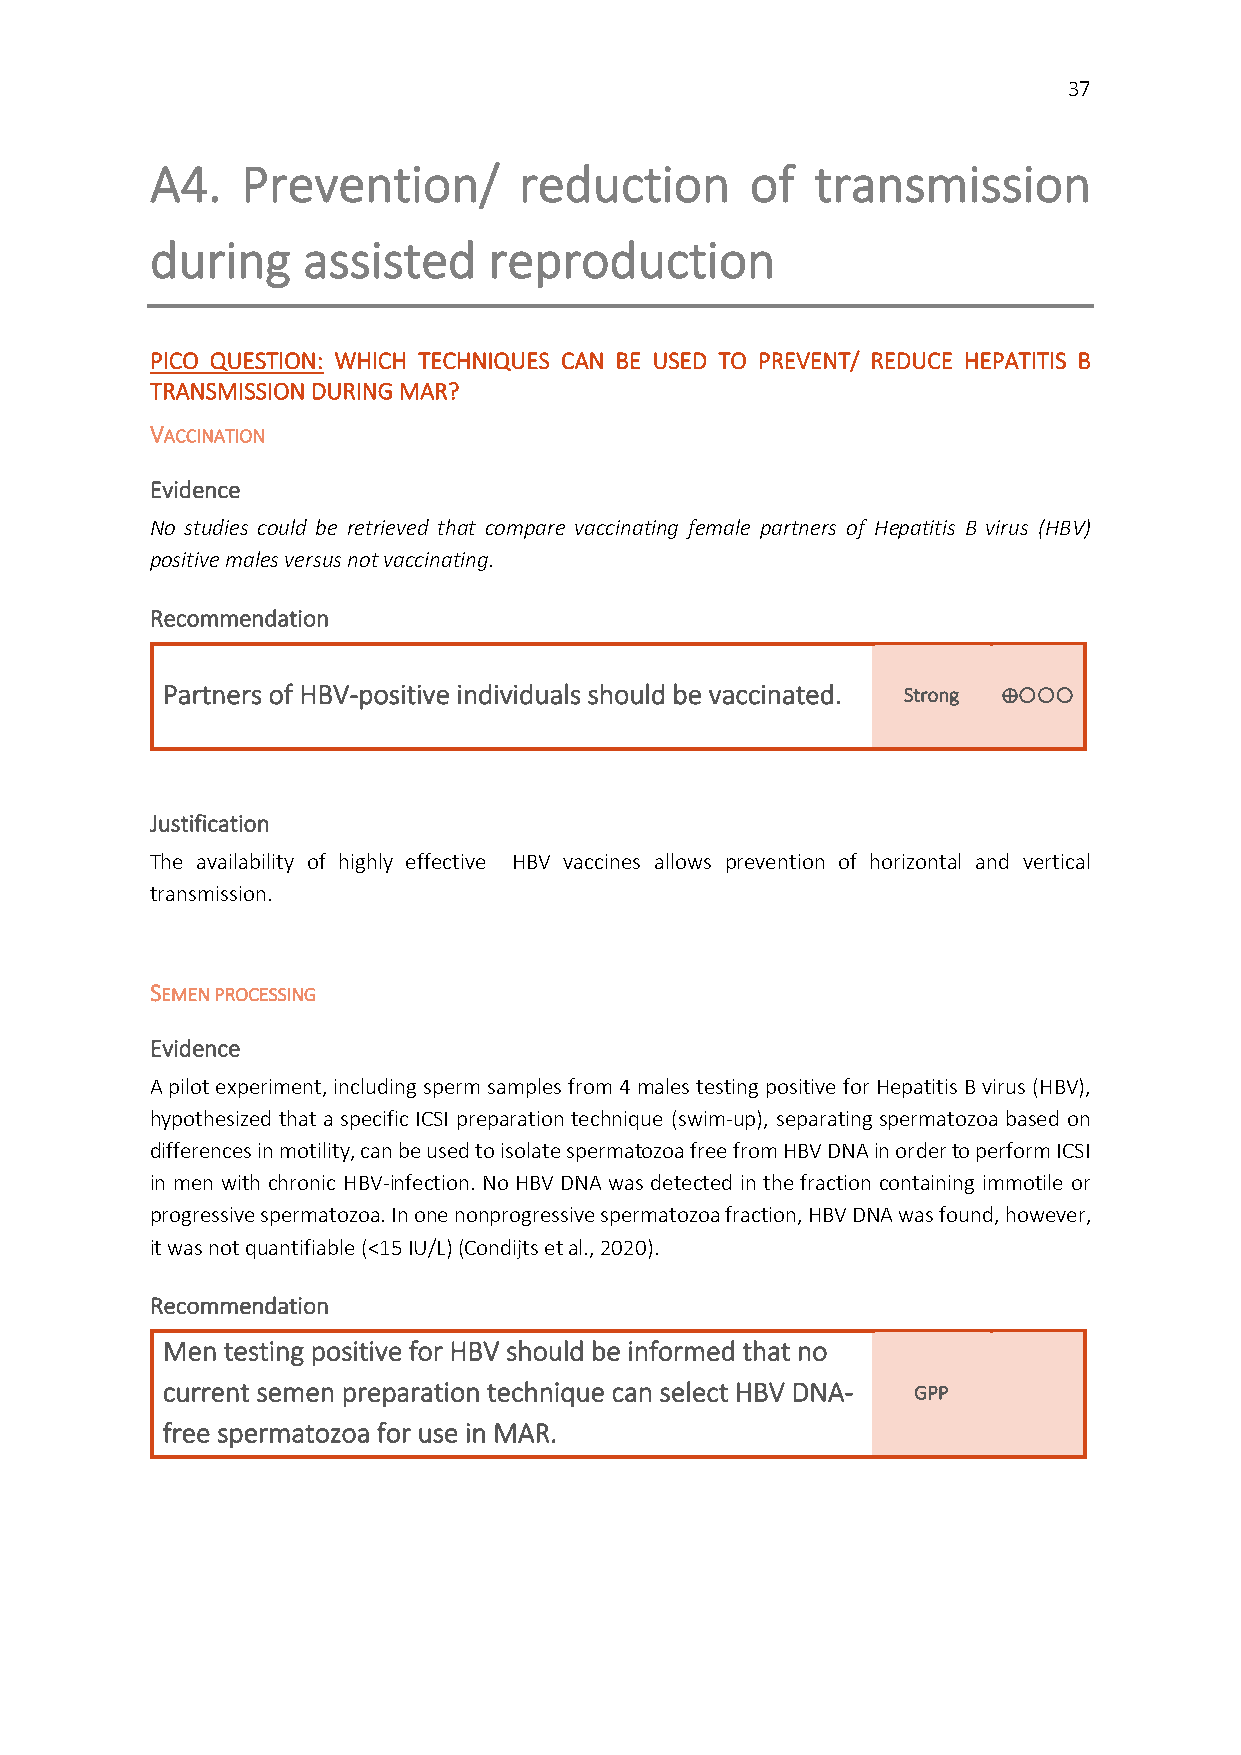
37
 A4.   Prevention/       reduction       of  transmission
 during    assisted    reproduction
 PICO QUESTION: WHICH TECHNIQUES CAN BE USED TO PREVENT/ REDUCE HEPATITIS B
 TRANSMISSION DURING MAR?
 VACCINATION
 Evidence
 No studies could be retrieved that compare vaccinating female partners of Hepatitis B virus (HBV)
 positive males versus not vaccinating.
 Recommendation
 Partners of HBV-positive individuals should be vaccinated. Strong ⊕
 Justification
 The availability of highly effective HBV vaccines allows prevention of horizontal and vertical
 transmission.
 SEMEN PROCESSING
 Evidence
 A pilot experiment, including sperm samples from 4 males testing positive for Hepatitis B virus (HBV),
 hypothesized that a specific ICSI preparation technique (swim-up), separating spermatozoa based on
 differences in motility, can be used to isolate spermatozoa free from HBV DNA in order to perform ICSI
 in men with chronic HBV-infection. No HBV DNA was detected in the fraction containing immotile or
 progressive spermatozoa. In one nonprogressive spermatozoa fraction, HBV DNA was found, however,
 it was not quantifiable (<15 IU/L) (Condijts et al., 2020).
 Recommendation
 Men testing positive for HBV should be informed that no
 current semen preparation technique can select HBV DNA- GPP
 free spermatozoa for use in MAR.